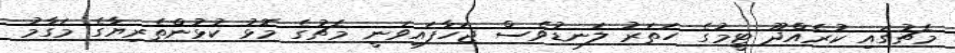
މެޗުގައި ކުރެއްދޫ ޓީމުގެ ހަތަރު ލަނޑުވެސް ޖަހާފައިވަނީ މެޗުގެ މޮޅު ކުޅުންތެރިޔާގެ މަގާމު